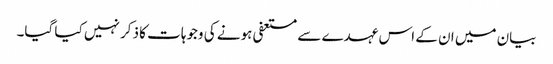
بیان میں ان کے اس عہدے سے مستعفی ہونے کی وجوہات کا ذکر نہیں کیا گیا۔